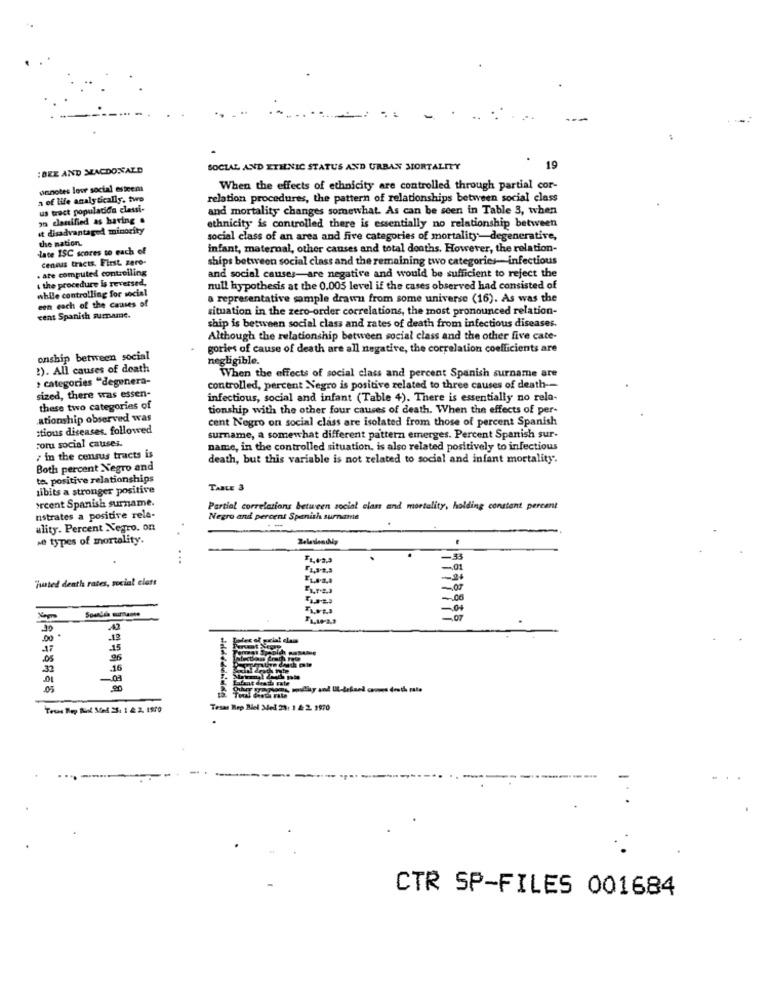
:BEE AND MACDONALD
SOCIAL AND ETHNIC STATUS AND URBAN MORTALITY
19
onnotes low social esteen
When the effects of ethnicity are controlled through partial cor-
a of life analytically. two
relation procedures, the pattern of relationships between social class
us tract population classi-
and mortality changes somewhat. As can be seen in Table 3, when
o danified as having .
it disadvantaged minority
ethnicity is controlled there is essentially no relationship between
the nation.
social class of an area and five categories of mortality-degenerative,
late ISC scores to each of
infant, maternal, other causes and total deaths. However, the relation-
cenous tracts. First. zero-
ships between social class and the remaining two categories-infectious
. are computed controlling
. the procedure is reversed,
and social causes-are negative and would be sufficient to reject the
while controlling for social
null hypothesis at the 0.005 level if the cases observed had consisted of
een each of the causes of
a representative sample drawn from some universe (16). As was the
situation in the zero-order correlations, the most pronounced relation-
cent Spanish surname.
ship is between social class and rates of death from infectious diseases.
Although the relationship between social class and the other five cate-
gories of cause of death are all negative, the correlation coefficients are
onship between social
negligible.
:). All causes of death
› categories "degenera-
When the effects of social class and percent Spanish surname are
controlled, percent Negro is positive related to three causes of death --
sized, there was essen-
infectious, social and infant (Table 4). There is essentially no rela-
these two categories of
tionship with the other four causes of death. When the effects of per-
ationship observed was
cent Negro on social class are isolated from those of percent Spanish
stious diseases, followed
Foru social causes.
surname, a somewhat different pattern emerges. Percent Spanish sur-
name, in the controlled situation, is also related positively to infectious
, in the census tracts is
death, but this variable is not related to social and infant mortality.
Both percent Negro and
te, positive relationships
sibits a stronger positive
TABLE 3
orcent Spanish surname.
Partial correlations between social elas and mortality, holding constant percent
nstrates a positive rela-
Negro and percent Spanish surname
ality. Percent Negro. on
se types of mortality.
...
-33
-01
justed denth rates, social elatt
-07
-. 08
-0+
-07
42
13
-17
15
.05
06
32
16
.01
-03
tiladt rate
Tesas Rep Biel Med 23: 1 2:2. 2970
CTR SP-FILES 001684